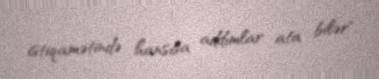
istiqamətində hansısa addımlar ata bilər".